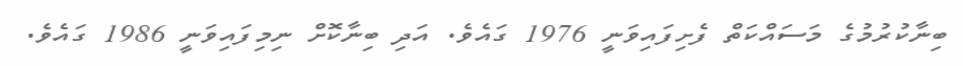
ބިނާކުރުމުގެ މަސައްކަތް ފެށިފައިވަނީ 1976 ގައެވެ. އަދި ބިނާކޮށް ނިމިފައިވަނީ 1986 ގައެވެ.